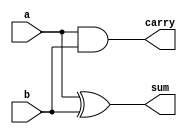
`timescale 1ns / 1ps

//Implementaion of HALF ADDER by using Gate Level Modelling
module half_adder(
    input a,
    input b,
    output sum,carry
    );
    xor(sum,a,b);
    and(carry,a,b);
endmodule